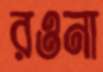
রওনা